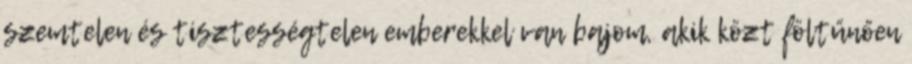
szemtelen és tisztességtelen emberekkel van bajom, akik közt föltűnően